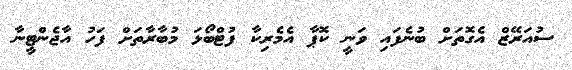
ސުއަރޭޒް އެގޮތަށް ބުނެފައި ވަނީ ކޮޕާ އެމެރިކާ ފުޓްބޯޅަ މުބާރާތަށް ފަހު އާޖެންޓީނާ